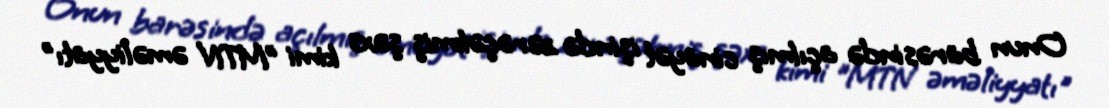
Onun barəsində açılmış cinayət işində zərəçəkmiş şəxs kimi "MTN əməliyyatı"